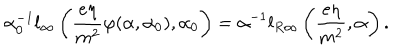
\alpha _ { 0 } ^ { - 1 } l _ { \infty } \left( \frac { e \eta } { m ^ { 2 } } \varphi ( \alpha , \alpha _ { 0 } ) , \alpha _ { 0 } \right) = \alpha ^ { - 1 } l _ { R \infty } \left( \frac { e \eta } { m ^ { 2 } } , \alpha \right) .